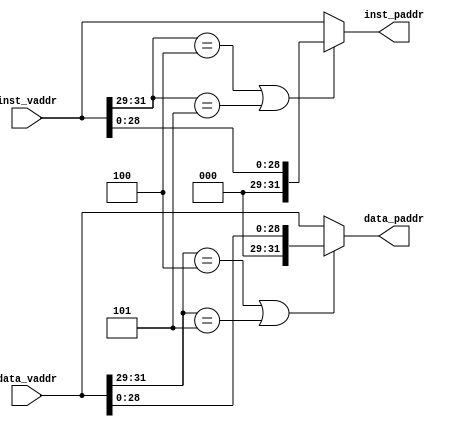
module mmu (
    input wire [31:0] inst_vaddr,
    output wire [31:0] inst_paddr,
    input wire [31:0] data_vaddr,
    output wire [31:0] data_paddr
);
    assign inst_paddr = (inst_vaddr[31:29] == 3'b100 || inst_vaddr[31:29] == 3'b101) ?
           {3'b0, inst_vaddr[28:0]} : inst_vaddr;
    assign data_paddr = (data_vaddr[31:29] == 3'b100 || data_vaddr[31:29] == 3'b101) ?
           {3'b0, data_vaddr[28:0]} : data_vaddr;
endmodule